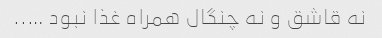
نه قاشق و نه چنگال همراه غذا نبود …..